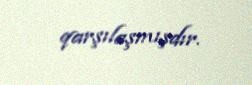
qarşılaşmışdır.